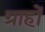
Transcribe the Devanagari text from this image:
ग्राहों